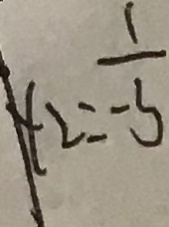
\vert y _ { 2 } = - \frac { 1 } { 3 }